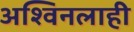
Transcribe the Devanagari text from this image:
अश्विनलाही